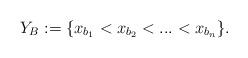
LaTeX: \begin{align*}Y_B:=\{x_{b_1}<x_{b_2}<...<x_{b_n}\}.\end{align*}